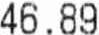
46.89